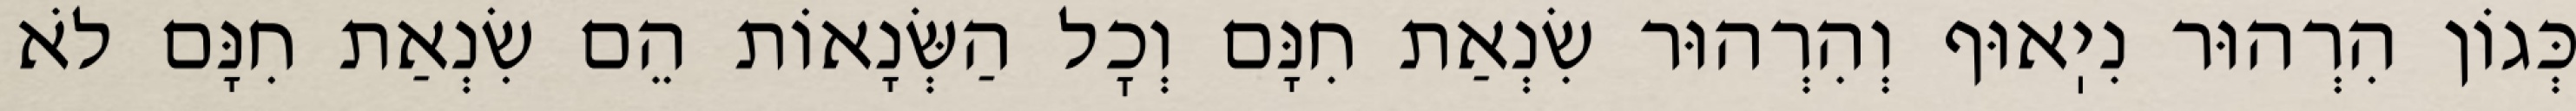
כְּגוֹן הִרְהוּר נִיֽאוּף וְהִרְהוּר שִׂנְאַת חִנָּם וְכׇל הַשְּׂנָאוֹת הֵם שִׂנְאַת חִנָּם לֹא